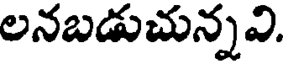
లనబడుచున్నవి.